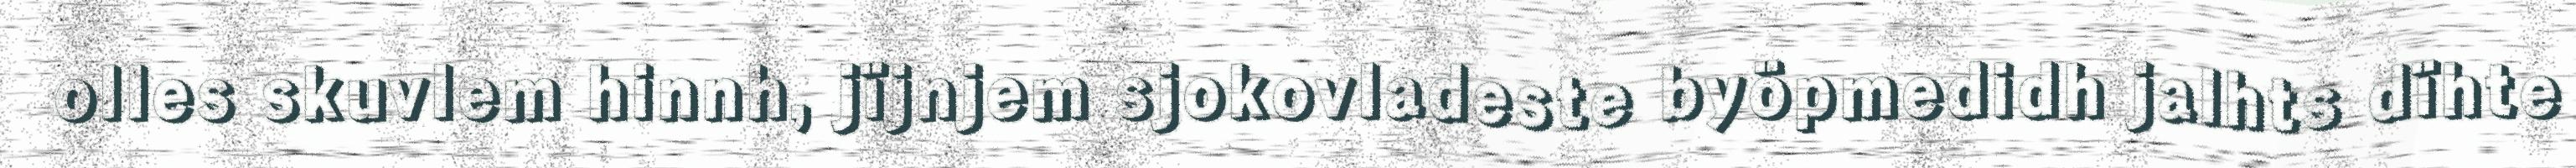
olles skuvlem hinnh, jïjnjem sjokovladeste byöpmedidh jalhts dïhte